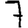
Digit: 7